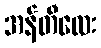
အန်တီလေး